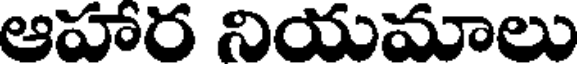
ఆహార నియమాలు